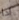
اذا